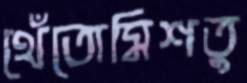
থেঁতোমিশতু